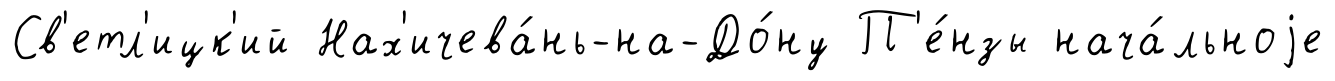
Св'етл'ицк'ий Нах'ичева́нь-на-До́ну П'е́нзы нача́льноjе